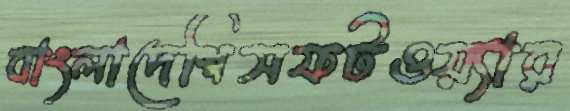
বাংলাদেশিসফটওয়্যার